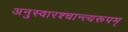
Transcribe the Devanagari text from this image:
अनुस्वारश्चान्त्यरूपम्